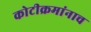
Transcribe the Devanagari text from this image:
कोटीक्रमांनाच